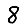
Digit: 8